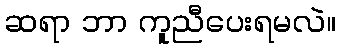
ဆရာ ဘာ ကူညီပေးရမလဲ။